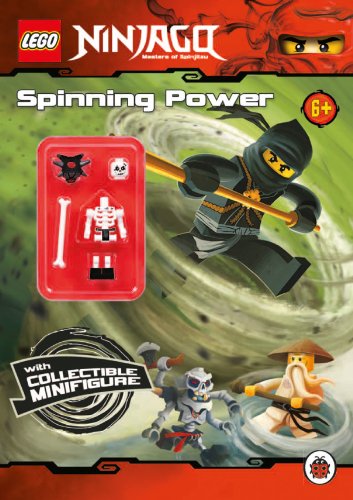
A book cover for LEGO Ninjago: Spinning Power Activity Book with Minifigure; Unknown; Crafts, Hobbies & Home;